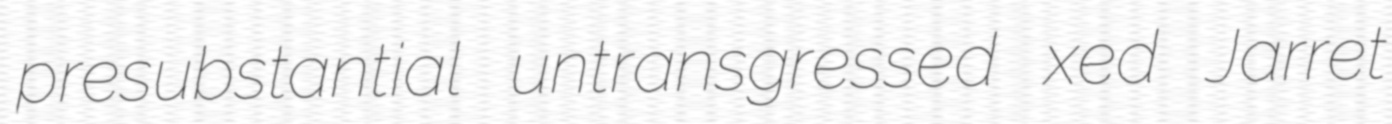
presubstantial untransgressed xed Jarret